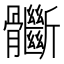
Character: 𩪽